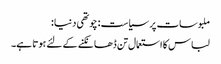
ملبوسات پر سیاست : چوتھی دنیا :
لباس کا استعمال تن ڈھانکنے کے لئے ہوتا ہے۔